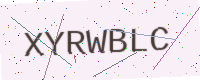
Text: XYRWBLC